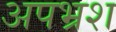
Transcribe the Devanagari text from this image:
अपभ्रश